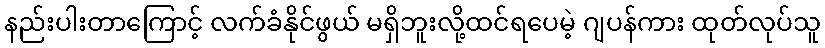
နည်းပါးတာကြောင့် လက်ခံနိုင်ဖွယ် မရှိဘူးလို့ထင်ရပေမဲ့ ဂျပန်ကား ထုတ်လုပ်သူ